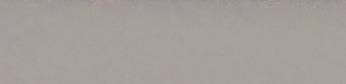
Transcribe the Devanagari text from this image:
१० पुस २०७५ बुधवार देखि माघ १५ गते मङ्गलबार